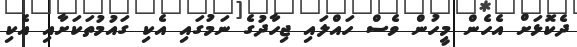
ދެކޮޅަށް އެހެން މީހުން ވެސް ހަައްލައި ޖިހާދުގެ ނަމުގައި އެކި ގައުމުތަކަށާއި އެކި